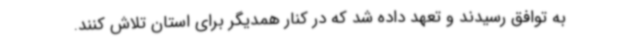
به توافق رسیدند و تعهد داده شد که در کنار همدیگر برای استان تلاش کنند.